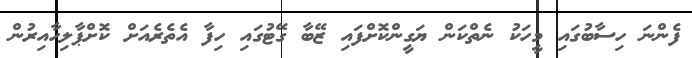
ފެންނަ ހިސާބުގައި މީހަކު ނެތްކަން ޔަގީންކޮށްފައި ޒޭބާ ގޭޓުގައި ހިފާ އެތެރެއަށް ކޮށްޕާލިހާއިރުން